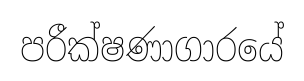
පරීක්ෂණාගාරයේ